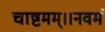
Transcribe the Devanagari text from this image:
चाष्टमम्।।नवमं